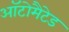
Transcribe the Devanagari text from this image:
ऑटोमैटेड